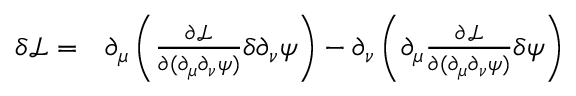
\begin{array} { r l } { \delta \mathcal L = } & { { } \partial _ { \mu } \left( \frac { \partial \mathcal L } { \partial ( \partial _ { \mu } \partial _ { \nu } \psi ) } \delta \partial _ { \nu } \psi \right) - \partial _ { \nu } \left( \partial _ { \mu } \frac { \partial \mathcal L } { \partial ( \partial _ { \mu } \partial _ { \nu } \psi ) } \delta \psi \right) } \end{array}